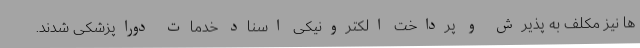
ها نیز مکلف به پذیرش و پرداخت الکترونیکی اسناد خدمات دوراپزشکی شدند.